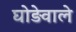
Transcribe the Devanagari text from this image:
घोड़ेवाले